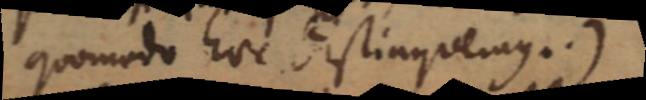
quomodo hoc distinguemus.)